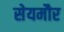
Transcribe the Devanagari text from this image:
सेयमौर